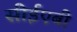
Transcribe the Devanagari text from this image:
सीईएबी